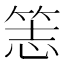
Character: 𥭡